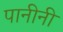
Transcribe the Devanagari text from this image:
पानीनी